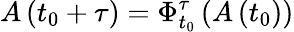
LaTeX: A\left(t_{0}+\tau\right)=\Phi_{t_{0}}^{\tau}\left(A\left(t_{0}\right)\right)